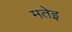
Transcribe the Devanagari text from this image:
मतेइ